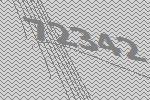
72342